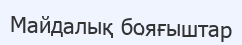
Майдалық бояғыштар